system: You are a helpful assistant.
user:
Analyze the provided spectrum to determine if it is a **M-type Giant (gM)**.

A M-type Giant spectrum is defined by its **strong molecular absorption** features, particularly from **Titanium Oxide (TiO)**. You must check for one of the following mutually exclusive signatures:

- **Key Visual Indicators (Absorption-Dominated Spectrum):**

    - **(Primary):** The spectrum is dominated by strong molecular absorption from **Titanium Oxide (TiO)**. This is the **defining feature** of its M-type temperature class.
        - **(Key Bandheads):** Look for sharp, "saw-tooth" absorption valleys. The strongest are located near **~7050 Å**, **~6160 Å**, and **~5170 Å**.
        - **(Line Profile):** The "saw-tooth" morphology is critical: a **sharp, steep drop on the BLUE (short-wavelength) side** of the bandhead, followed by a gradual recovery (rising flux) towards the RED (long-wavelength) side.

    - **(Key Confirmation - Giant vs. Dwarf):** **ABSENCE** of strong **Calcium Hydride (CaH)** molecular bands. This is the primary diagnostic for *excluding* M-dwarfs.
        - **(Key Region):** The spectrum should lack the strong, broad absorption band seen in dwarfs between **~6800 Å and ~7000 Å**.

    - **(Secondary Confirmation - Giant):** A very strong and broad **Neutral Calcium (Ca I)** atomic absorption line.
        - **(Key Line):** Located at **~4226 Å**. In a giant (gM), this line is significantly deeper and broader than the same line in an M-dwarf (dM) due to low surface gravity.

    - **(Overall Spectrum):**
        - The continuum is **extremely red-sloping** (i.e., flux is very low in the blue and rises dramatically towards the red).
        - The entire spectrum appears "chopped up" by the deep TiO bands.

Think first, call **spectral_visualization_tool** if needed to examine features in detail, then provide your final answer. Your response must adhere to the following strict rules:
1.  **Overall Structure:** Your response must follow the format `<think>...</think> <tool_call>...</tool_call> (if a tool is used) <answer>...</answer>`.
2.  **Tool Usage Constraint:** You may only make **one** tool call per turn.
3.  **Final Answer Format:** In the `<answer>` tag, your conclusion must be inside a `\boxed{}` command (e.g., `\boxed{YES}` or `\boxed{NO}`), followed by your justification.

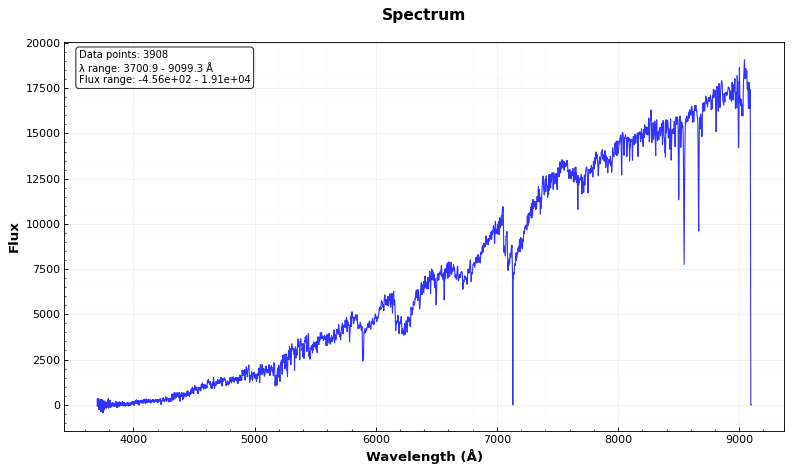
Answer: YES